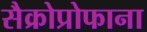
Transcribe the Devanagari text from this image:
सैक्रोप्रोफाना